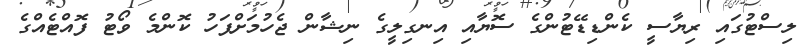
ލިސްޓުގައި ރިޔާސީ ކެންޑިޑޭޓުންގެ ސޮޔާއި އިނގިލީގެ ނިޝާން ޖެހުމަށްފަހު ކޮންމެ ވޯޓު ފޮއްޓެއްގެ